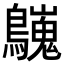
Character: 𪇋